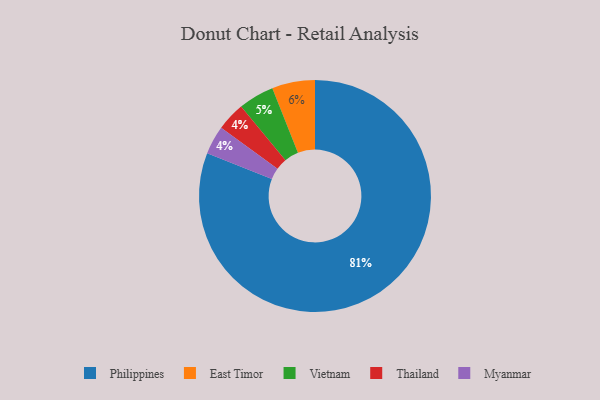
{"axis": {"x": "Category", "y": "Percentage"}, "legend": ["East Timor", "Myanmar", "Philippines", "Thailand", "Vietnam"], "data": [{"x": "Vietnam", "y": 5, "type": "Vietnam"}, {"x": "East Timor", "y": 6, "type": "East Timor"}, {"x": "Thailand", "y": 4, "type": "Thailand"}, {"x": "Myanmar", "y": 4, "type": "Myanmar"}, {"x": "Philippines", "y": 81, "type": "Philippines"}]}